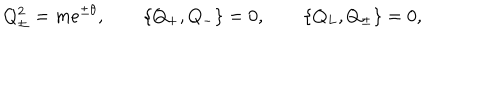
Q _ { \pm } ^ { 2 } = m e ^ { \pm \theta } , \quad \quad \{ Q _ { + } , Q _ { - } \} = 0 , \quad \quad \{ Q _ { L } , Q _ { \pm } \} = 0 ,